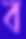
ব